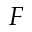
F